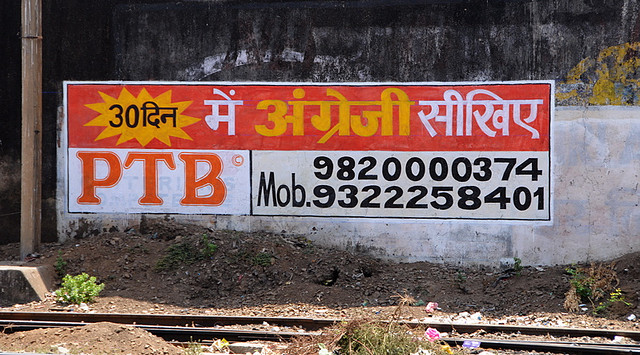
Language: hindi
Transcription: अंग्रेजी दिन में सीखिए